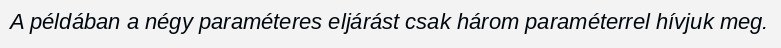
A példában a négy paraméteres eljárást csak három paraméterrel hívjuk meg.